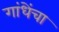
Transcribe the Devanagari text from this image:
गांधेंचा